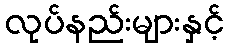
လုပ်နည်းများနှင့်